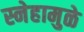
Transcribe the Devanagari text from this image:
स्नेहामुळे